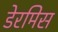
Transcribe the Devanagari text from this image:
डेरमिस